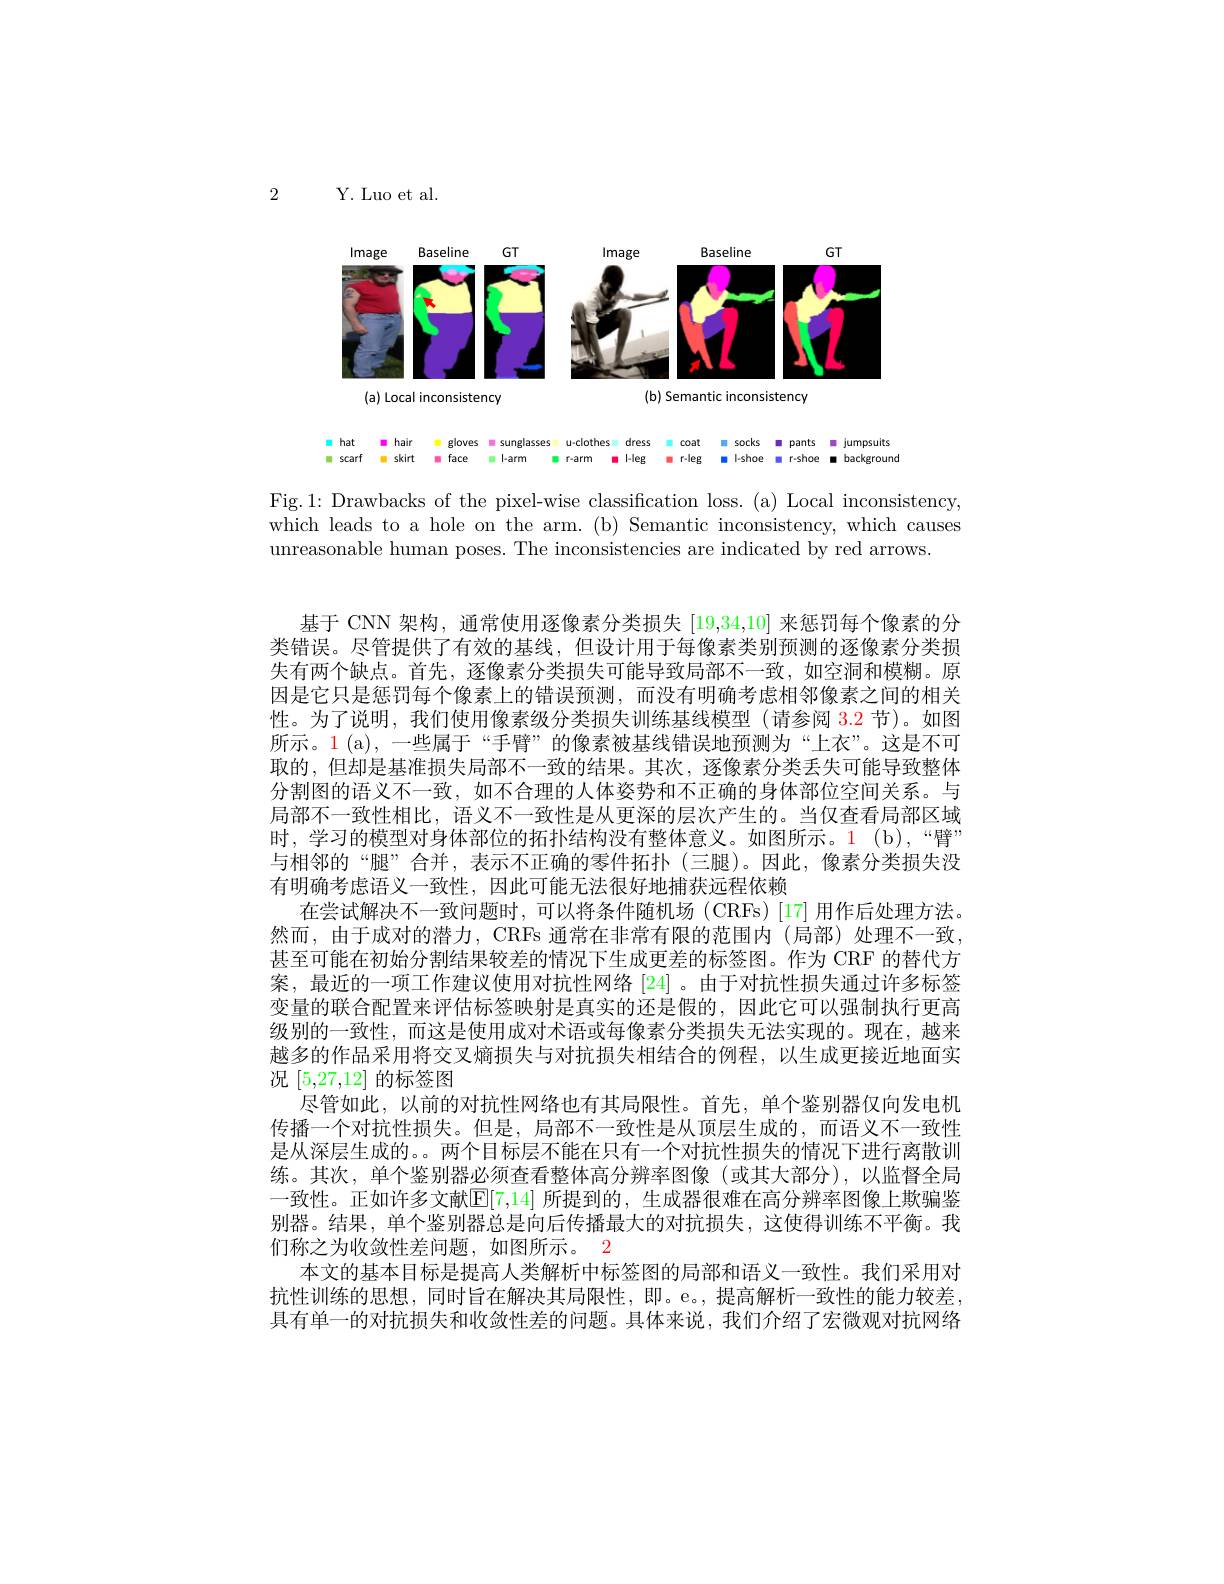
2

Y. Luo et al

<FigureHere>
$$\begin{array}{ccccccccccccccccccccccccccccccccccccccccccccccccccccccccccccccccccccccccccccccccccccccccccccccc}\end{array}$$
Fig.1: Drawbacks of the pixel-wise classification loss.(a) Local inconsistency, which leads to a hole on the arm. (b) Semantic inconsistency, which causes unreasonable human poses. The inconsistencies are indicated by red arrows.

基于 CNN 架构，通常使用逐像素分类损失[19,34,10]来惩罚每个像素的分类错误。尽管提供了有效的基线，但设计用于每像素类别预测的逐像素分类损失有两个缺点。首先，逐像素分类损失可能导致局部不一致，如空洞和模糊。原因是它只是惩罚每个像素上的错误预测，而没有明确考虑相邻像素之间的相关性。为了说明，我们使用像素级分类损失训练基线模型(请参阅 3.2 节)。如图所示。1(a),一些属于“手臂”的像素被基线错误地预测为“上衣”。这是不可取的，但却是基准损失局部不一致的结果。其次，逐像素分类丢失可能导致整体分割图的语义不一致，如不合理的人体姿势和不正确的身体部位空间关系。与局部不一致性相比，语义不一致性是从更深的层次产生的。当仅查看局部区域时，学习的模型对身体部位的拓扑结构没有整体意义。如图所示。1(b),“臂” 与相邻的“腿”合并，表示不正确的零件拓扑(三腿)。因此，像素分类损失没有明确考虑语义一致性，因此可能无法很好地捕获远程依赖
在尝试解决不一致问题时，可以将条件随机场 (CRFs)[17]用作后处理方法。然而，由于成对的潜力，CRFs 通常在非常有限的范围内(局部)处理不一致， 甚至可能在初始分割结果较差的情况下生成更差的标签图。作为 CRF 的替代方案，最近的一项工作建议使用对抗性网络[24]。由于对抗性损失通过许多标签变量的联合配置来评估标签映射是真实的还是假的，因此它可以强制执行更高级别的一致性，而这是使用成对术语或每像素分类损失无法实现的。现在，越来越多的作品采用将交叉熵损失与对抗损失相结合的例程，以生成更接近地面实况[5,27,12]的标签图
尽管如此，以前的对抗性网络也有其局限性。首先，单个鉴别器仅向发电机传播一个对抗性损失。但是，局部不一致性是从顶层生成的，而语义不一致性是从深层生成的。。两个目标层不能在只有一个对抗性损失的情况下进行离散训练。其次，单个鉴别器必须查看整体高分辨率图像(或其大部分),以监督全局一致性。正如许多文献[7,14] 所提到的，生成器很难在高分辨率图像上欺骗鉴别器。结果，单个鉴别器总是向后传播最大的对抗损失，这使得训练不平衡。我们称之为收敛性差问题，如图所示。2
本文的基本目标是提高人类解析中标签图的局部和语义一致性。我们采用对抗性训练的思想，同时旨在解决其局限性，即。e。, 提高解析一致性的能力较差具有单一的对抗损失和收敛性差的问题。具体来说，我们介绍了宏微观对抗网络